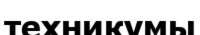
техникумы